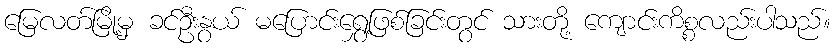
မြေလတ်မြို့မှ ခင်ဦးနွယ် မပြောင်းရွှေ့ဖြစ်ခြင်းတွင် သားတို့ ကျောင်းကိစ္စလည်းပါသည်။